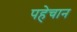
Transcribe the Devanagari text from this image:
पहेचान